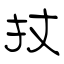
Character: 扙